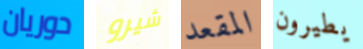
دوريان شيرو المقعد يطيرون